Medical and sanitary report of the native army of Bengal for the year
Year: 1875
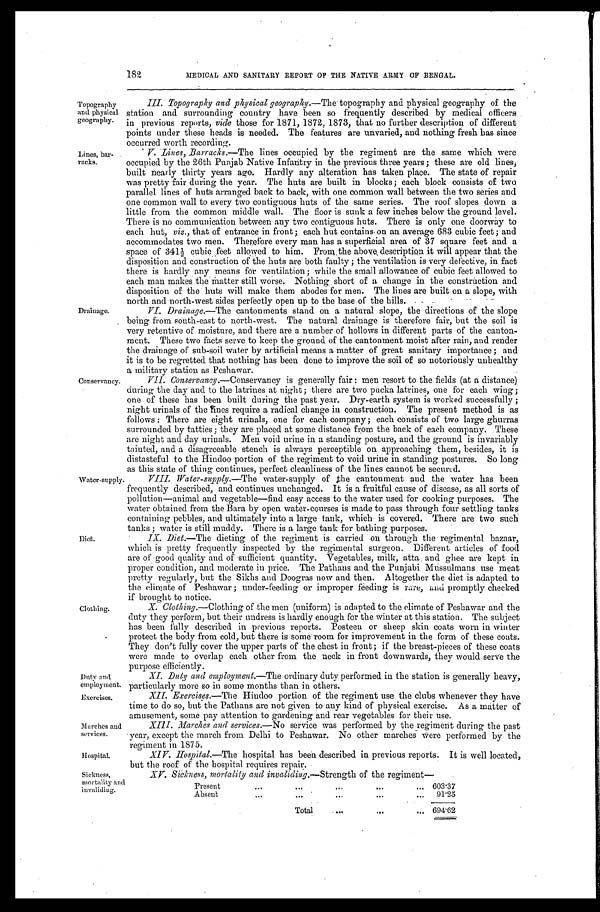
Topography
and physical
geography.
Lines, bar-
racks.
Drainage.
Conservancy.
Water-supply
Diet.
Clothing,
Day and
employment.
Exercises.
Marches and
services.
Hospital.
Sickness,
m ortality and
invaliding.
182
MEDICAL AND SANITARY REPORT OF THE NATIVE ARMY OF BENGAL.
III. Topography and physical geography.— The topography and physical geography of the
station and surrounding country have been so frequently described by medical officers
in previous reports, vide those for 1871, 1872, 1873, that no further description of different
points under these heads is needed. The features are unvaried, and nothing fresh has since
occurred worth recording.
V.Lines, Barracks.—The lines occupied by the regiment are the same which were
occupied by the 26th Punjab Native Infantry in the previous three years; these are old lines,
built nearly thirty years ago. Hardly any alteration has taken place. The state of repair
was pretty fair during the year. The huts are built in blocks; each block consists of two
parallel lines of huts arranged back to back, with one common wall between the two series and
one common wall to every two contiguous huts of the same series. The roof slopes down a
little from the common middle wall. The floor is sunk a few inches below the ground level.
There is no communication between any two contiguous huts. There is only one doorway to
each hut, viz., that of entrance in front; each hut contains-on an average 683 cubic feet; and
accommodates two men. Therefore every man has a superficial area of 37 square feet and a
space of 341 1/2 cubic feet allowed to him. From the above, description it will appear that the
disposition and construction of the huts are both faulty ; the ventilation is very defective, in fact
there is hardly any means for ventilation; while the small allowance of cubic feet allowed to
each man makes the matter still worse. Nothing short of a change in the construction and
disposition of the huts will make them abodes for men. The lines are built on a slope, with
north and north-west sides perfectly open un to the base of the hills.
VI. Drainage.—The cantonments stand on a natural slope, the directions of the slope
being from south-east to north-west. The natural drainage is therefore fair, but the soil is
very retentive of moisture, and there are a number of hollows in different parts of the canton-
ment. These two facts serve to keep the ground of the cantonment moist after rain, and render
the drainage of sub-soil water by artificial means a matter of great sanitary importance ; and
it is to be regretted that nothing has been done to improve the soil of so notoriously unhealthy
a military station as Peshawar.
VII. Conservancy.—Conservancy is generally fair : men resort to the fields (at a distance)
during the day and to the latrines at night; there are two pucka latrines, one for each wing;
one of these has been built during the past year. Dry-earth system is worked successfully ;
night urinals of the Tines require a radical change in construction. The present method is as
follows : There are eight urinals, one for each company; each consists of two large ghurras
surrounded by tatties; they are placed at some distance from the back of each company. These
are night and day -urinals. Men void urine in a standing posture, and the ground is invariably
tainted, and a disagreeable stench is always perceptible on approaching them, besides, it is
distasteful to the Hindoo portion of the regiment to void urine in standing postures. So long
as this state of thing continues. Perfect cleanliness of the lines cannot be secured.
VIII. Water-supply.— The water-supply of the cantonment and the water has been
frequently described, and continues unchanged. It is a fruitful cause of disease, as all sorts of
pollution—animal and vegetable—find easy access to the water used for cooking purposes. The
water obtained from the Bara by open water-courses is made to pass through four settling tanks
containing pebbles, and ultimately into a large tank, which is covered. There are two such
tanks ; water is still muddy. There is a large tank for bathing purposes.
•
IX. Diet.— The dieting of the regiment is carried on through the regimental bazaar,
which is pretty frequently inspected by the regimental surgeon. Different articles of food
are of good quality and of sufficient quantity. Vegetables, milk, attna and ghee are kept in
proper condition, and moderate in price. The Pathans and the Punjabi Mussulmans use meat
pretty regularly, but the Sikhs and Doogras now and then. Altogether the diet is adapted to
the climate of Peshawar ; under-feeding or improper feeding is rare, and promptly checked
if brought to notice.
X. Clothing.—Clothing of the men (uniform) is adapted to the climate of Peshawar and the
duty they perform, but their undress is hardly enough for the winter at this station. The subject
has been fully described in previous reports. Posteen or sheep skin coats worn in winter
protect the body from cold, but there is some room for improvement in the form of these coats.
Th e y d o n ' t f u l l y c o v e r t h e u p p e r p a r t s o f t h e c h e s t i n f r o n t ; i f t h e b r e a s t - p i e c e s o f t h e s e c o a t s
were made to overlap each other from the neck in front downwards, they would serve the
purpose efficiently.
XI. Duty and employment.— The ordinary duty performed in the station is generally heavy,
Particularly more so in some months than in others.
Exercises.— The Hindoo portion of the regiment use the clubs whenever they have
time to do so, but the Pathans are not given to any kind of physical exercise. As a matter of
amusement, some pay attention to gardening and rear vegetables for their use.
XIII. Marches and services.— No service was performed by the regiment during the past
year, except the march from Delhi to Peshawar. No other marches Were performed by the
regiment in 1875.
XIV. Hospital.—The hospital has been described in previous reports. It is well located,
but the roof of the hospital requires repair.
XV.Sickness, mortality and invaliding.— Strength of the regiment
Present
. ..
... ... ... ...
603.37
Absent
... ... ... ... ...
91.25
Total
... ... ...
694.62